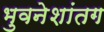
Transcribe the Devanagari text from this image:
भुवनेशांतग